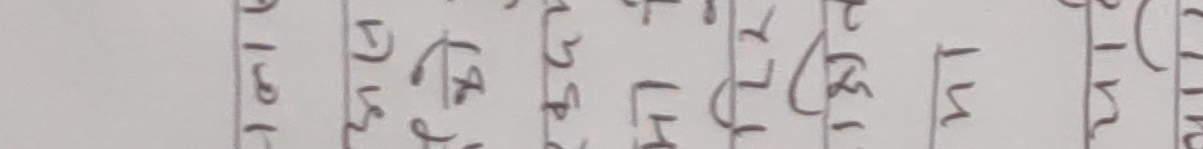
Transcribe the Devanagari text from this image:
१ वि ३६
३ च ४५
५ अ ५२
७ प ६१
९ य
११ प
१३ ज
१५ प
१७ भ